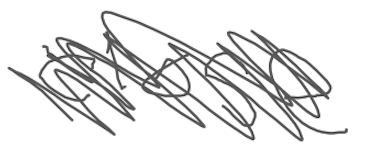
Text: close
Cross-out: scratch
Writing tool: digital_gray